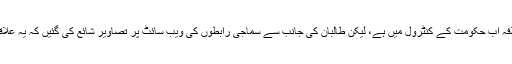
سیکورٹی فورسز کے مطابق فراہ کا دارالخلافہ اب حکومت کے کنٹرول میں ہے، لیکن طالبان کی جانب سے سماجی رابطوں کی ویب سائٹ پر تصاویر شائع کی گئیں کہ یہ علاقہ مبینہ طور پر طالبان کے قبضے میں ہے۔